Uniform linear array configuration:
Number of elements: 8
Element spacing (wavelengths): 1
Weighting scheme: exponential
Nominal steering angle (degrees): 45
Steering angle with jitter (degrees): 46.65
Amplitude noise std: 0.05
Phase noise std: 0.05

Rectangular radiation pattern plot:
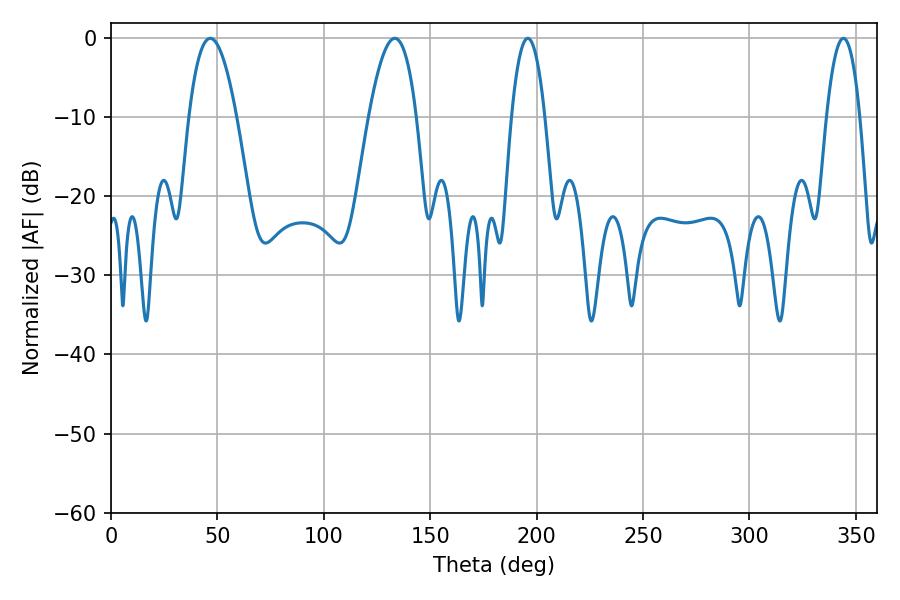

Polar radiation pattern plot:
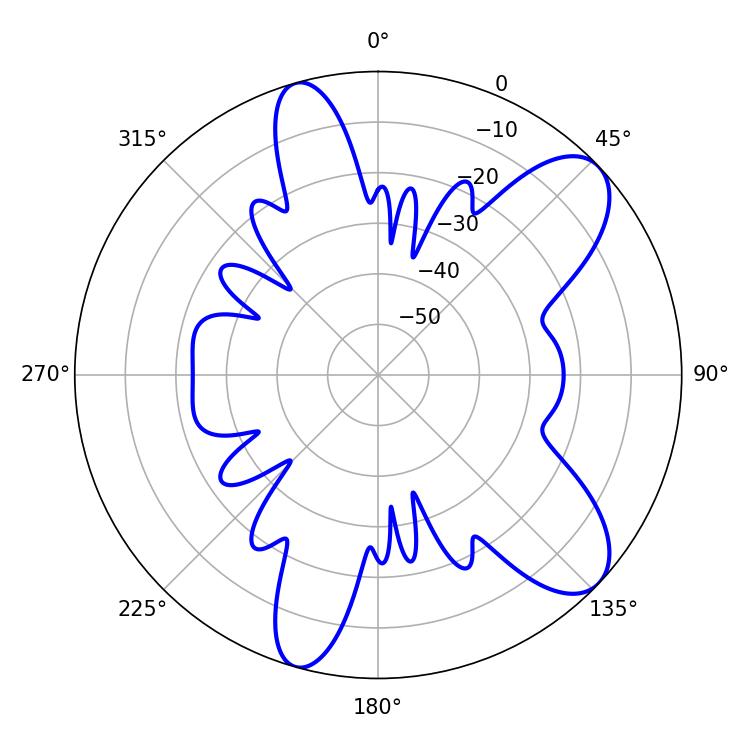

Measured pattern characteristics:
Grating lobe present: TRUE
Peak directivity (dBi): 9.081
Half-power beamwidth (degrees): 8.64
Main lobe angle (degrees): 195.84